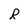
Character: R